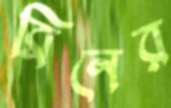
ব্রিনের